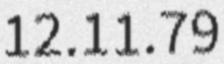
12.11.79